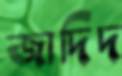
জাদিদ